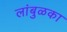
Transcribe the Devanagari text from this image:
लांबुळका